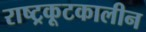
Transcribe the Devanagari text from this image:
राष्ट्रकूटकालीन